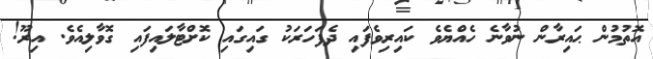
އޮތުމުން ޙައިރާން ނުވާނެ ހެއްޔެވެ ކައިރިވެފައި ދެފަހަރަކު ގައިގައި ކޮށްޓާލައިފައި ގޮވާލިއެވެ. އިރޫ!